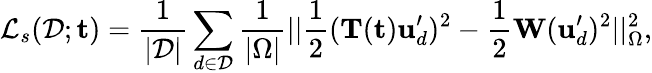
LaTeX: \mathcal{L}_{s}(\mathcal{D};\mathbf{t})=\frac{1}{|\mathcal{D}|}\sum_{d\in\mathcal{D}}\frac{1}{|\Omega|}||\frac{1}{2}(\mathbf{T}(\mathbf{t})\mathbf{u}_{d}^{\prime})^{2}-\frac{1}{2}\mathbf{W}(\mathbf{u}_{d}^{\prime})^{2}||_{\Omega}^{2},